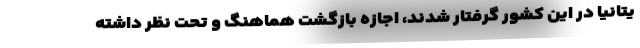
یتانیا در این کشور گرفتار شدند، اجازه بازگشت هماهنگ و تحت نظر داشته